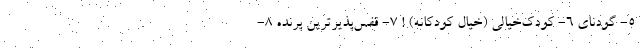
5- گودنای 6- کودک‌خیالی (خیال کودکانه) ! 7- قفس‌پذیرترین پرنده 8-